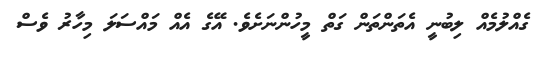
ގެއްލުމެއް ލިބުނީ އެތަންތަން ގަތް މީހުންނަށެވެ. އޭގެ އެއް މައްސަލަ މިހާރު ވެސް